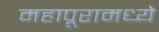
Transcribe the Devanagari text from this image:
महापूरामध्ये